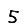
Digit: 5